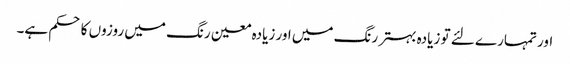
اور تمہارے لئے تو زیادہ بہتر رنگ میں اور زیادہ معین رنگ میں روزوں کا حکم ہے۔